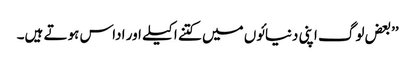
’’بعض لوگ اپنی دنیائوں میں کتنے اکیلے اور اداس ہوتے ہیں۔